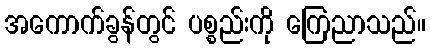
အကောက်ခွန်တွင် ပစ္စည်းကို ကြေညာသည်။